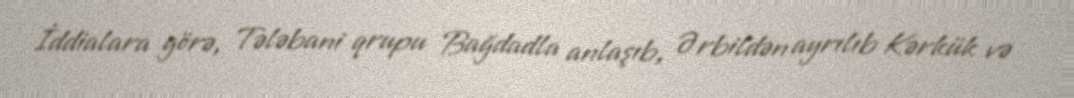
İddialara görə, Tələbani qrupu Bağdadla anlaşıb, Ərbildən ayrılıb Kərkük və